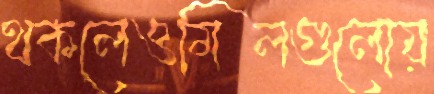
থকলেওমিলগুলোয়